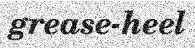
grease-heel